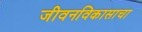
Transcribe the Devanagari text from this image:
जीवनविकासाचा